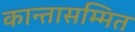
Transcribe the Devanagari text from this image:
कान्तासम्मित